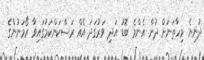
ދުނިޔެ މިހާތަނަށް ދުށް އެންމެ ބޮޑު އަދި ވަރުގަދަ އެއް ރަސްކަންކަމުގައިވާ ރޯމަނުންގެ